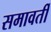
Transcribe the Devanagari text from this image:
समावर्ती